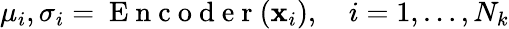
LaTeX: \mathbf{\mu}_{i},\mathbf{\sigma}_{i}=\mathrm{~E~n~c~o~d~e~r~}(\mathbf{x}_{i}),\quad i=1,\ldots,N_{k}